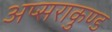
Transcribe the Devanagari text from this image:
अप्सराकुण्ड